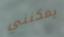
يمكنني